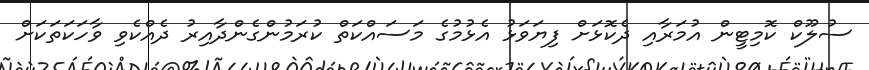
ސުލޫކް ކޮމިޓީން އުމަރާއި ދެކޮޅަށް ފިޔަވަޅު އެޅުމުގެ މަސައްކަތް ކުރަމުންގެންދާއިރު ދެއްކެވި ވާހަކަތަކަށް